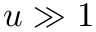
u \gg 1